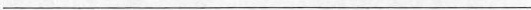
___